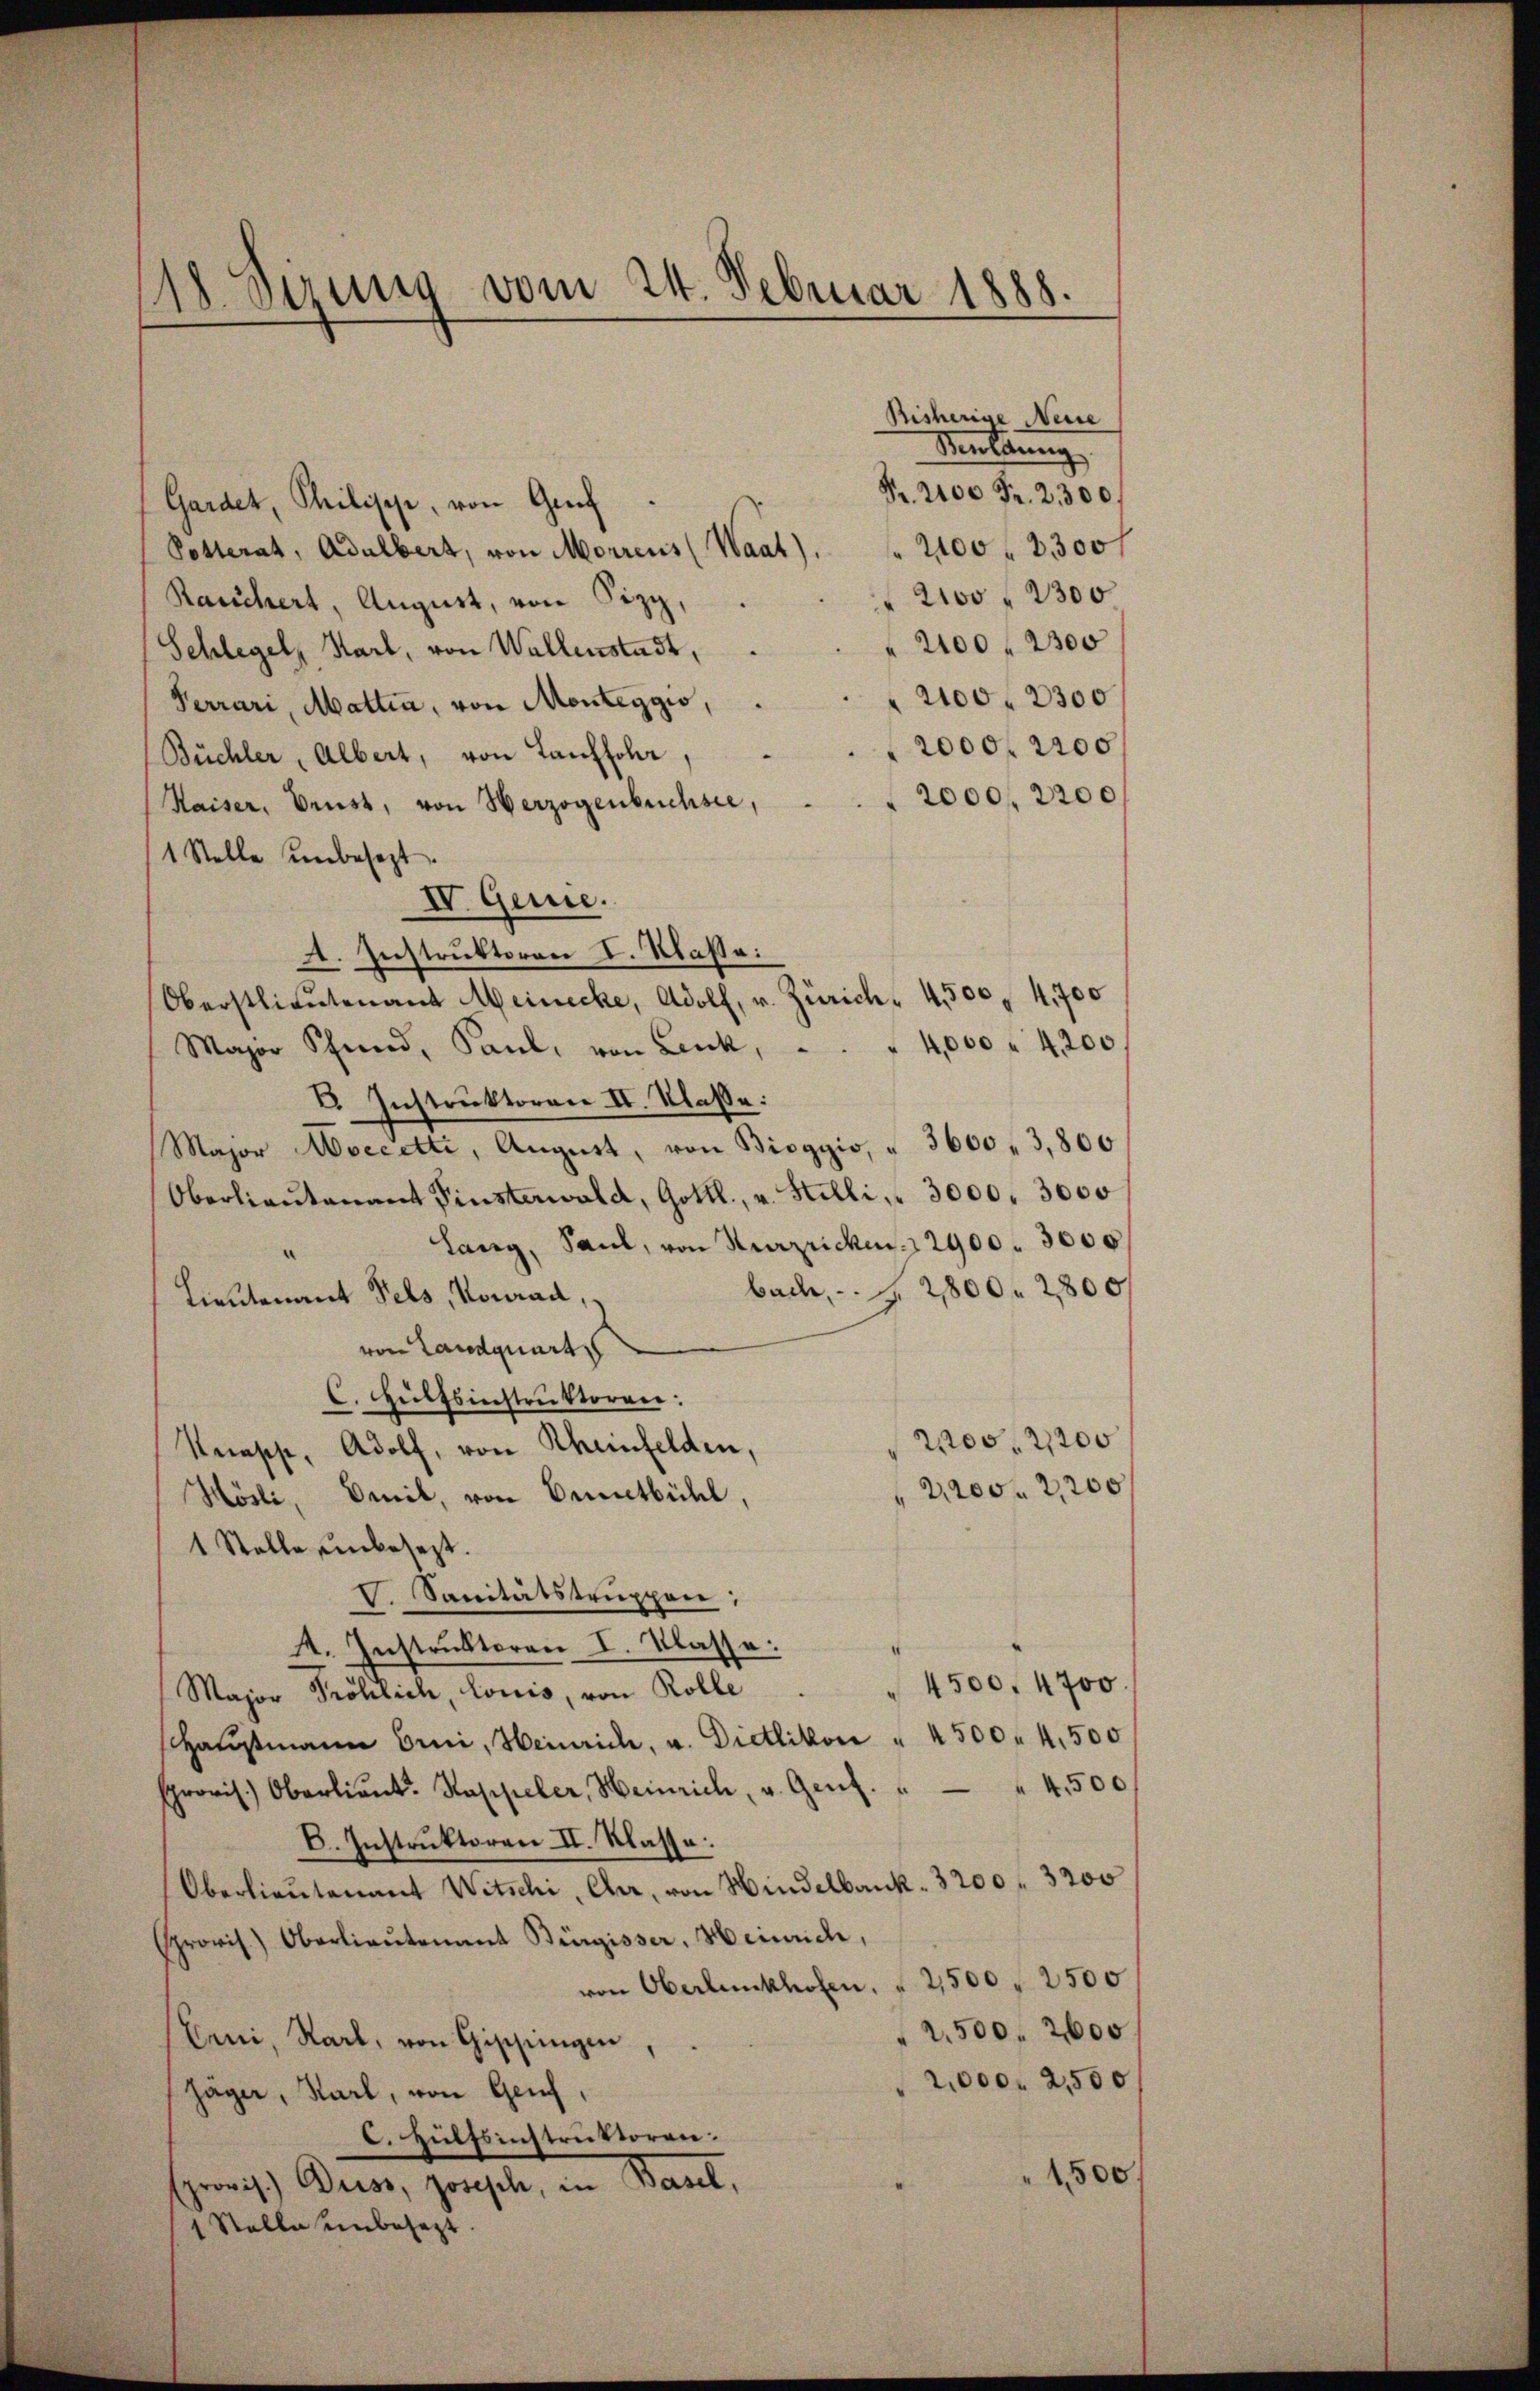
18. Sizung vom 24. Februar 1888.

Gardet, Philische, von Graf
Potterat, Adalbert, von Morrens (Waat). 2100 f 2300f
2100 f 2300
Rauchert, August, von Sizy,
2100 f 2300
Schlegel, Karl, von Wallenstadt,
2100. 2300
Ferrari, Mattin, von Monteggis,
2000 f 2200
Büchler, Albert, von Lauffohr,
2000, 2200
Kaiser, Drust, von Herzogenbüchsee,
1 Stelle unbesezt.
IV. Genie.
A. Instruktoren I. Klaße:
Oberstlieutenant Meinecke, Adolf, v. Zürich, 4500. 4700
Major Schmid, Paul, von Lenk, . . . 4,000 " 4200
V. Instruktoren II. Klasse:
Major Accette, August, von Biogyis, " 5600 " 3,800
Oberlieŭtenant Pinsterwald, Gottl., v. Stelli, " 3000. 3000
Lang, Saul, von Kurzricken. 2900. 3000
bach 2800 f 2800
Lieutenant Pels, Konrad,
von Landquart
C. Hülfsinstruktoren:
2200, 2200
Knasse, Adolf, von Rheinfelden,
2,200. 2,200
Hösli, Emil, von Ennetbühl,
1 Stelle unbesezt.
V. Sanitätstruppen;
4. Instruktoren I. Klasse:
4500. 4700.
Major Fröhlich, lonis, von Rolle
schausmann bei, Heinrich, u. Dietlikon " 4500 4,500
4,500
provis. Oberlieŭt. Kappeler, Heinrich, u. Genf.
C. Instruktoren II. Klasse.
Oberlieutenant Witschi, Cher, von Hindelbank. 3200. 3200
provis.) Oberlieŭtenant Bürgisser, Heinrich,
von Oberlŭnkhofen. " 2500 " 2500
2,500. 2600
Erni, Karl, von Gischungen
2,000. 2500
häger, Karl, von Genf,
C. Hülfsinstruktoren.
1500
(provis.) Diess, Josisch, in Basel,
1 Stelle unbesezt

Bisherige Neue
Beuldung
Nr. 2100 Fr. 2300f